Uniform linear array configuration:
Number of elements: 12
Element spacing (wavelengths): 1
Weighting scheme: hann
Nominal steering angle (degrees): -45
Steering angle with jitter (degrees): -46.784
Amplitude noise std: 0.05
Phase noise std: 0.05

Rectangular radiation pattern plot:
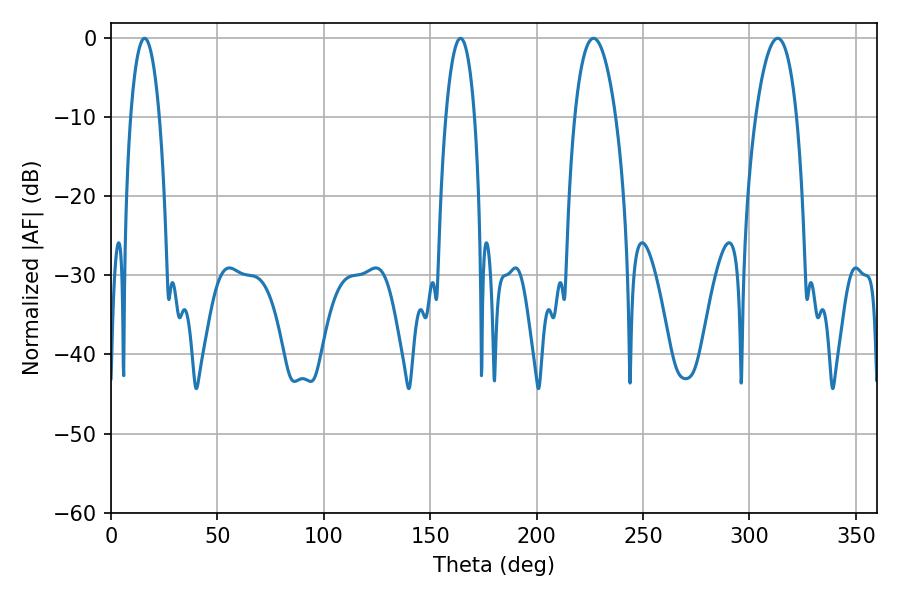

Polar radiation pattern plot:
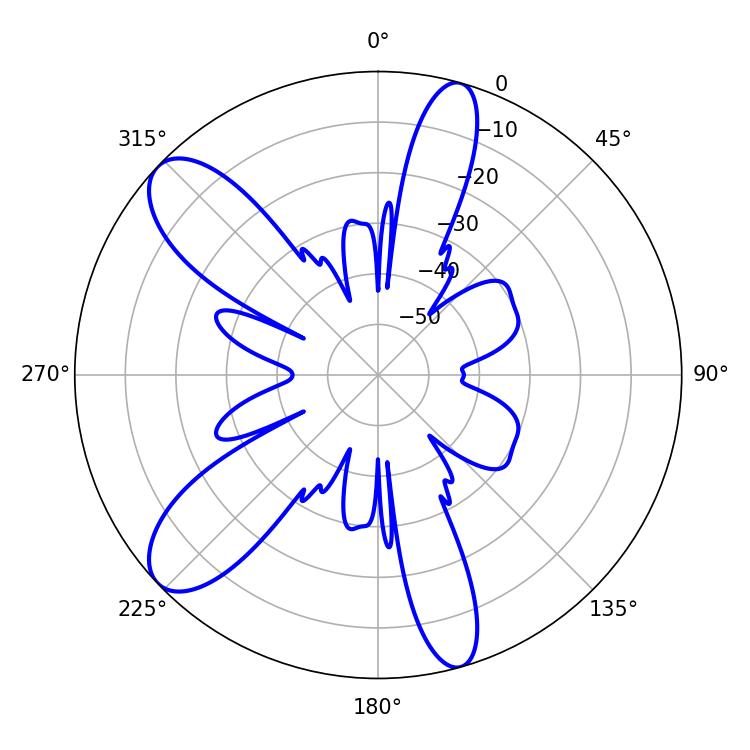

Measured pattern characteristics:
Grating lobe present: TRUE
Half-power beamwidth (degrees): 10.8
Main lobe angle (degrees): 226.8